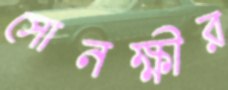
সোনক্ষীর